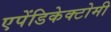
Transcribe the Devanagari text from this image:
एपेंडिकेक्टोमी